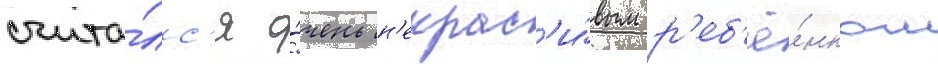
счита́лс'я о́чень н'екрас'и́вым р'еб'ё́нком